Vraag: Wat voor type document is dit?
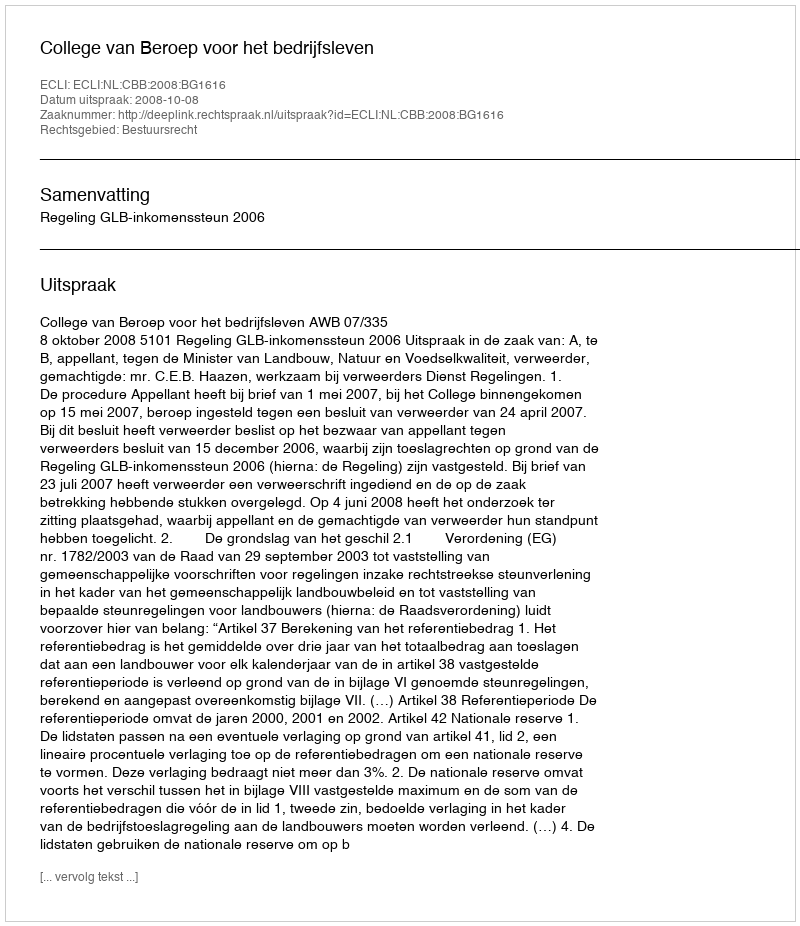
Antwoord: Uitspraak